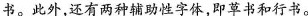
书。此外，还有两种辅助性字体，即草书和行书。